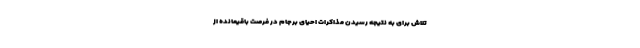
تلاش برای به نتیجه رسیدن مذاکرات احیای برجام در فرصت باقیمانده از